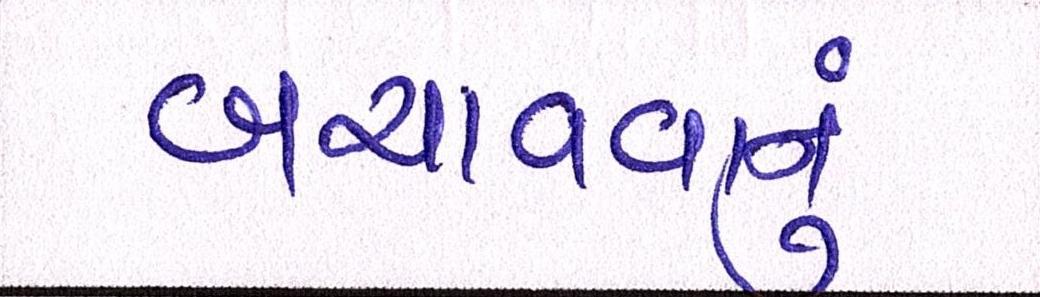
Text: બચાવવાનું